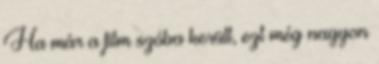
Ha már a film szóba került, ezt még nagyon